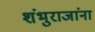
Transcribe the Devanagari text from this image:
शंभुराजांना